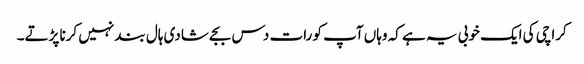
کراچی کی ایک خوبی یہ ہے کہ وہاں آپ کو رات دس بجے شادی ہال بند نہیں کرنا پڑتے۔